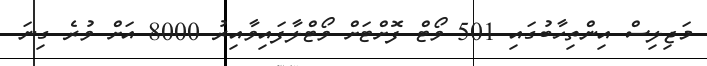
މަޖިލިސް އިންތިހާބުގައި 501 ވޯޓް ފޮށްޓަށް ވޯޓްލާފައިވާއިރު 8000 އަށް ވުރެ ގިނަ